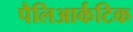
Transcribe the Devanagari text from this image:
पैलिआर्कटिक